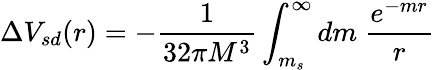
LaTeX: \Delta V_{sd}(r)=-\frac{1}{32\pi M^{3}}\int_{m_{s}}^{\infty}dm~\frac{e^{-mr}}{r}~